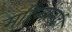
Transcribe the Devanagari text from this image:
महिन्यांनाही